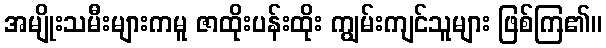
အမျိုးသမီးများကမူ ဇာထိုးပန်းထိုး ကျွမ်းကျင်သူများ ဖြစ်ကြ၏။